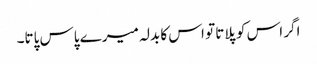
اگر اس کو پلاتا تو اس کا بدلہ میرے پاس پاتا۔